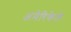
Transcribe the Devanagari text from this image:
अमेरिकेले